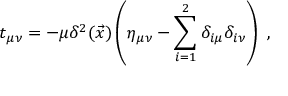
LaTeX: t _ { \mu \nu } = - \mu \delta ^ { 2 } ( \vec { x } ) \left( \eta _ { \mu \nu } - \sum _ { i = 1 } ^ { 2 } \delta _ { i \mu } \delta _ { i \nu } \right) \ ,